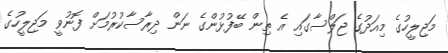
މަޖިލީހުގެ މިއަދުގެ ޖަލްސާގައި އެ ތިން ބޭފުޅުންގެ ނަން ދިރާސާކުރުމަށް ފޮނުވީ މަޖިލީހުގެ